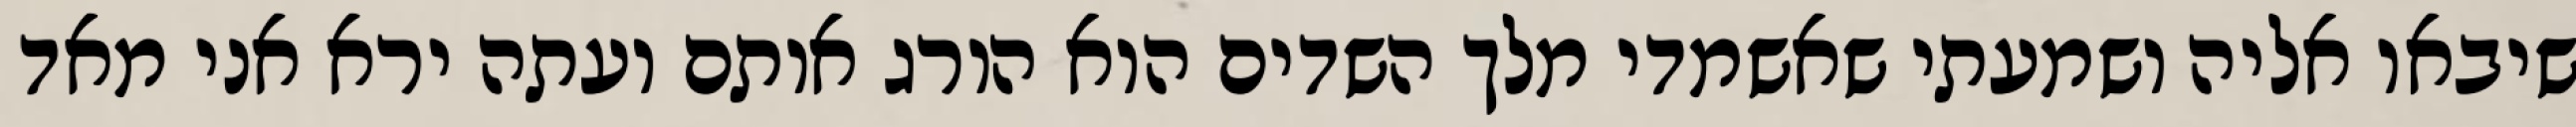
שיבאו אליה ושמעתי שאשמדי מלך השדים הוא הורג אותם ועתה ירא אני מאד